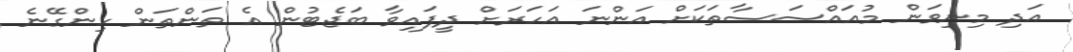
އަދި މިނިވަން މުއައްސަސާތަކަށް އަންނަ އަހަރަށް ދީފައިވާ ބަޖެޓުން އެ ތަންތަން ހިންގޭނެ